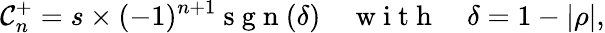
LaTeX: \mathcal{C}_{n}^{+}=s\times(-1)^{n+1}\mathrm{~s~g~n~}(\delta)\quad\mathrm{~w~i~t~h~}\quad\delta=1-\left|\rho\right|,